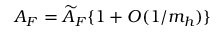
{ \cal A } _ { F } = \widetilde { \cal A } _ { F } \{ 1 + O ( 1 / m _ { h } ) \}